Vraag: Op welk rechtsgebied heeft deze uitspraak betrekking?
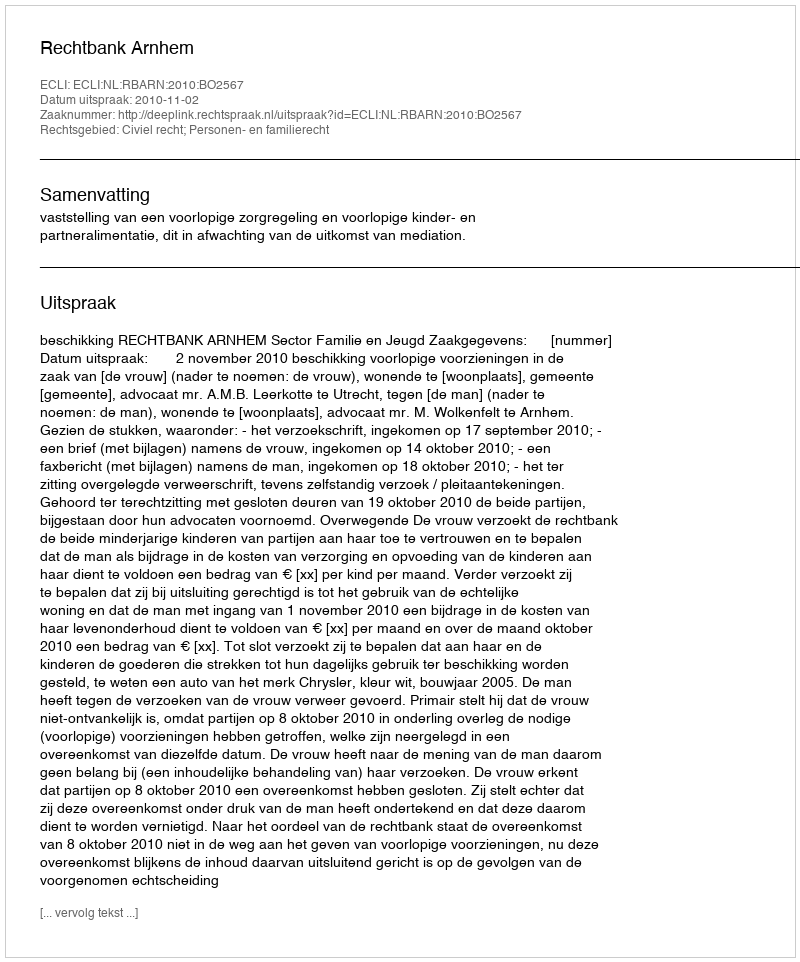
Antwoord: Civiel recht; Personen- en familierecht